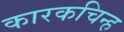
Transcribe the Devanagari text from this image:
कारकचिन्ह